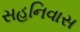
સહનિવાસ